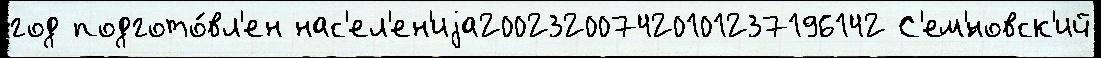
год подгото́вл'ен нас'ел'ен'иjа200232007420101237196142 С'ем'́новск'ий